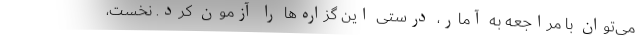
می‌توان با مراجعه به آمار، درستی این گزاره‌ها را آزمون کرد. نخست،